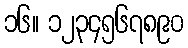
၁၆။ ၁၂၃၄၅၆၇၈၉၀